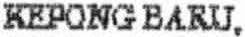
KEPONG BARU